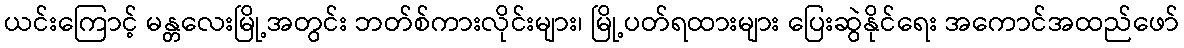
ယင်းကြောင့် မန္တလေးမြို့အတွင်း ဘတ်စ်ကားလိုင်းများ၊ မြို့ပတ်ရထားများ ပြေးဆွဲနိုင်ရေး အကောင်အထည်ဖော်